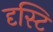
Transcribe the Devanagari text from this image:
दृस्टि